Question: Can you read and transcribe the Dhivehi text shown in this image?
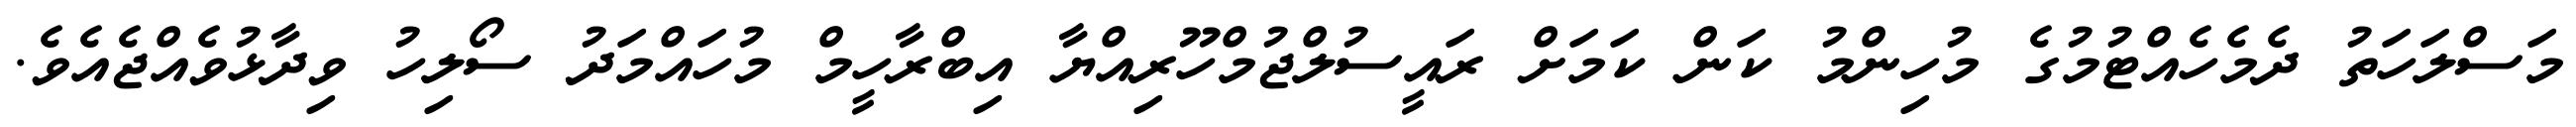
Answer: މަސްލަހަތު ދެމެހެއްޓުމުގެ މުހިންމު ކަން ކަމަށް ރައީސުލްޖުމްހޫރިއްޔާ އިބްރާހީމް މުހައްމަދު ސޯލިހު ވިދާޅުވެއްޖެއެވެ.